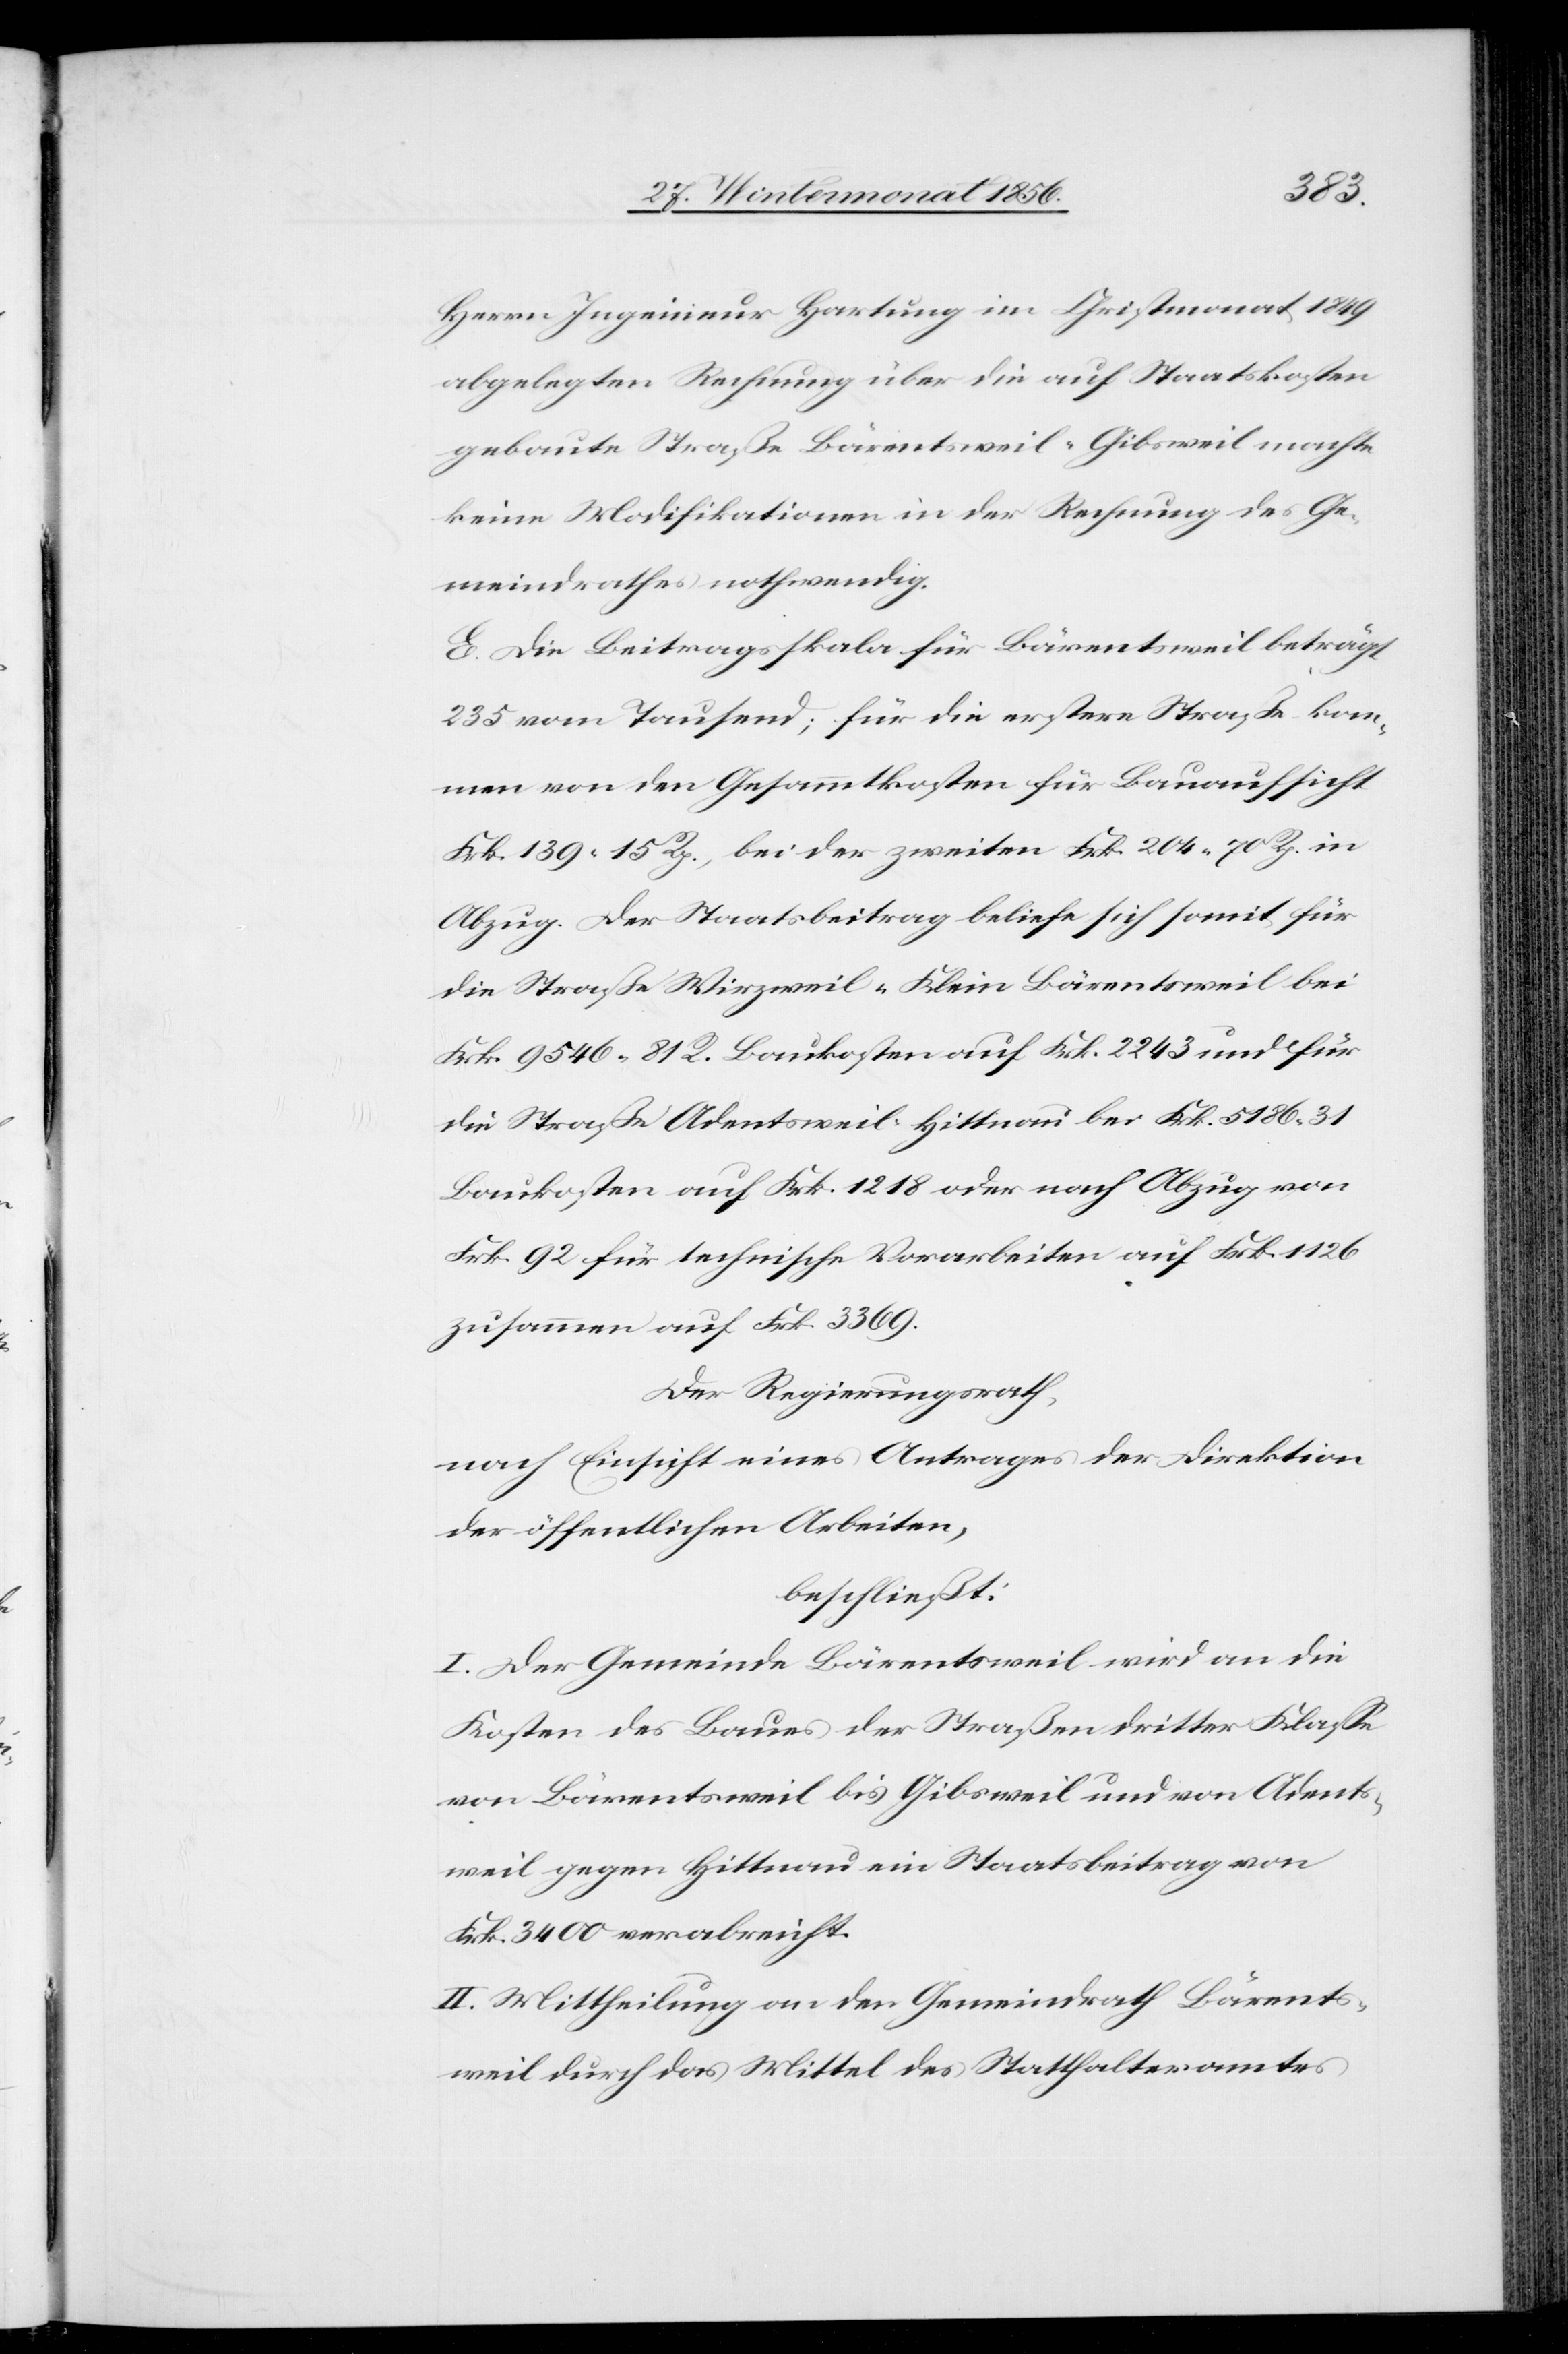
Herrn Ingenieur Hartung im Christmonat 1849
abgelegten Rechnung über die auf Staatskosten
gebaute Straße Bärentsweil-Gibsweil machte
keine Modifikationen in der Rechnung des Ge¬
meindrathes nothwendig.
E. Die Beitragsskala für Bärentsweil beträgt
235 vom Tausend; für die erstere Straße kom¬
men von den Gesammtkosten für Bauaufsicht
Frk. 139. 15 Rp., bei der zweiten Frk. 204. 70 Rp. in
Abzug. Der Staatsbeitrag beliefe sich somit für
die Straße Wirzweil-Klein-Bärentsweil bei
Frk. 9546. 81 R. Baukosten auf Frk. 2243 und für
die Straße Adentsweil-Hittnau bei Frk. 5186. 31
Baukosten auf Frk. 1218 oder nach Abzug von
Frk. 92 für technische Vorarbeiten auf Frk. 1126
zusammen auf Frk. 3369.
Der Regierungsrath,
nach Einsicht eines Antrages der Direktion
der öffentlichen Arbeiten,
beschließt:
I. Der Gemeinde Bärentsweil wird an die
Kosten des Baues der Straße dritter Klasse
von Bärentsweil bis Gibsweil und von Adents¬
weil gegen Hittnau ein Staatsbeitrag von
Frk. 3400 verabreicht.
II. Mittheilung an den Gemeindrath Bärents¬
weil durch das Mittel des Statthalteramtes